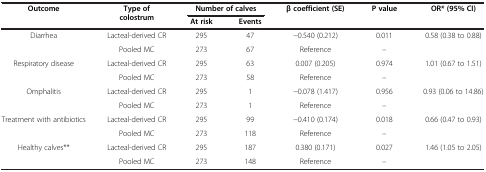
<table><thead><tr><td rowspan="2"><b>Outcome</b></td><td rowspan="2"><b>Type of colostrum</b></td><td colspan="2"><b>Number of calves</b></td><td rowspan="2"><b>β coefficient (SE)</b></td><td rowspan="2"><b>P value</b></td><td rowspan="2"><b>OR* (95% CI)</b></td></tr><tr><td><b>At risk</b></td><td><b>Events</b></td></tr></thead><tbody><tr><td>Diarrhea</td><td>Lacteal-derived CR</td><td>295</td><td>47</td><td>-0.540 (0.212)</td><td>0.011</td><td>0.58 (0.38 to 0.88)</td></tr><tr><td> </td><td>Pooled MC</td><td>273</td><td>67</td><td>Reference</td><td>–</td><td> </td></tr><tr><td>Respiratory disease</td><td>Lacteal-derived CR</td><td>295</td><td>63</td><td>0.007 (0.205)</td><td>0.974</td><td>1.01 (0.67 to 1.51)</td></tr><tr><td> </td><td>Pooled MC</td><td>273</td><td>58</td><td>Reference</td><td>–</td><td> </td></tr><tr><td>Omphalitis</td><td>Lacteal-derived CR</td><td>295</td><td>1</td><td>-0.078 (1.417)</td><td>0.956</td><td>0.93 (0.06 to 14.86)</td></tr><tr><td> </td><td>Pooled MC</td><td>273</td><td>1</td><td>Reference</td><td>–</td><td> </td></tr><tr><td>Treatment with antibiotics</td><td>Lacteal-derived CR</td><td>295</td><td>99</td><td>-0.410 (0.174)</td><td>0.018</td><td>0.66 (0.47 to 0.93)</td></tr><tr><td> </td><td>Pooled MC</td><td>273</td><td>118</td><td>Reference</td><td>–</td><td> </td></tr><tr><td>Healthy calves**</td><td>Lacteal-derived CR</td><td>295</td><td>187</td><td>0.380 (0.171)</td><td>0.027</td><td>1.46 (1.05 to 2.05)</td></tr><tr><td> </td><td>Pooled MC</td><td>273</td><td>148</td><td>Reference</td><td>–</td><td> </td></tr></tbody></table>